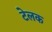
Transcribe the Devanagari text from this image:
टेलक